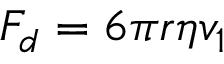
F _ { d } = 6 \pi r \eta v _ { 1 }